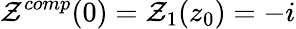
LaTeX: \mathcal{Z}^{comp}(0)=\mathcal{Z}_{1}(z_{0})=-i